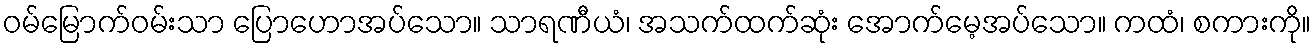
ဝမ်မြောက်ဝမ်းသာ ပြောဟောအပ်သော။ သာရဏီယံ၊ အသက်ထက်ဆုံး အောက်မေ့အပ်သော။ ကထံ၊ စကားကို။